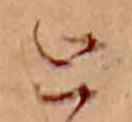
と